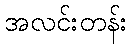
အလင်းတန်း